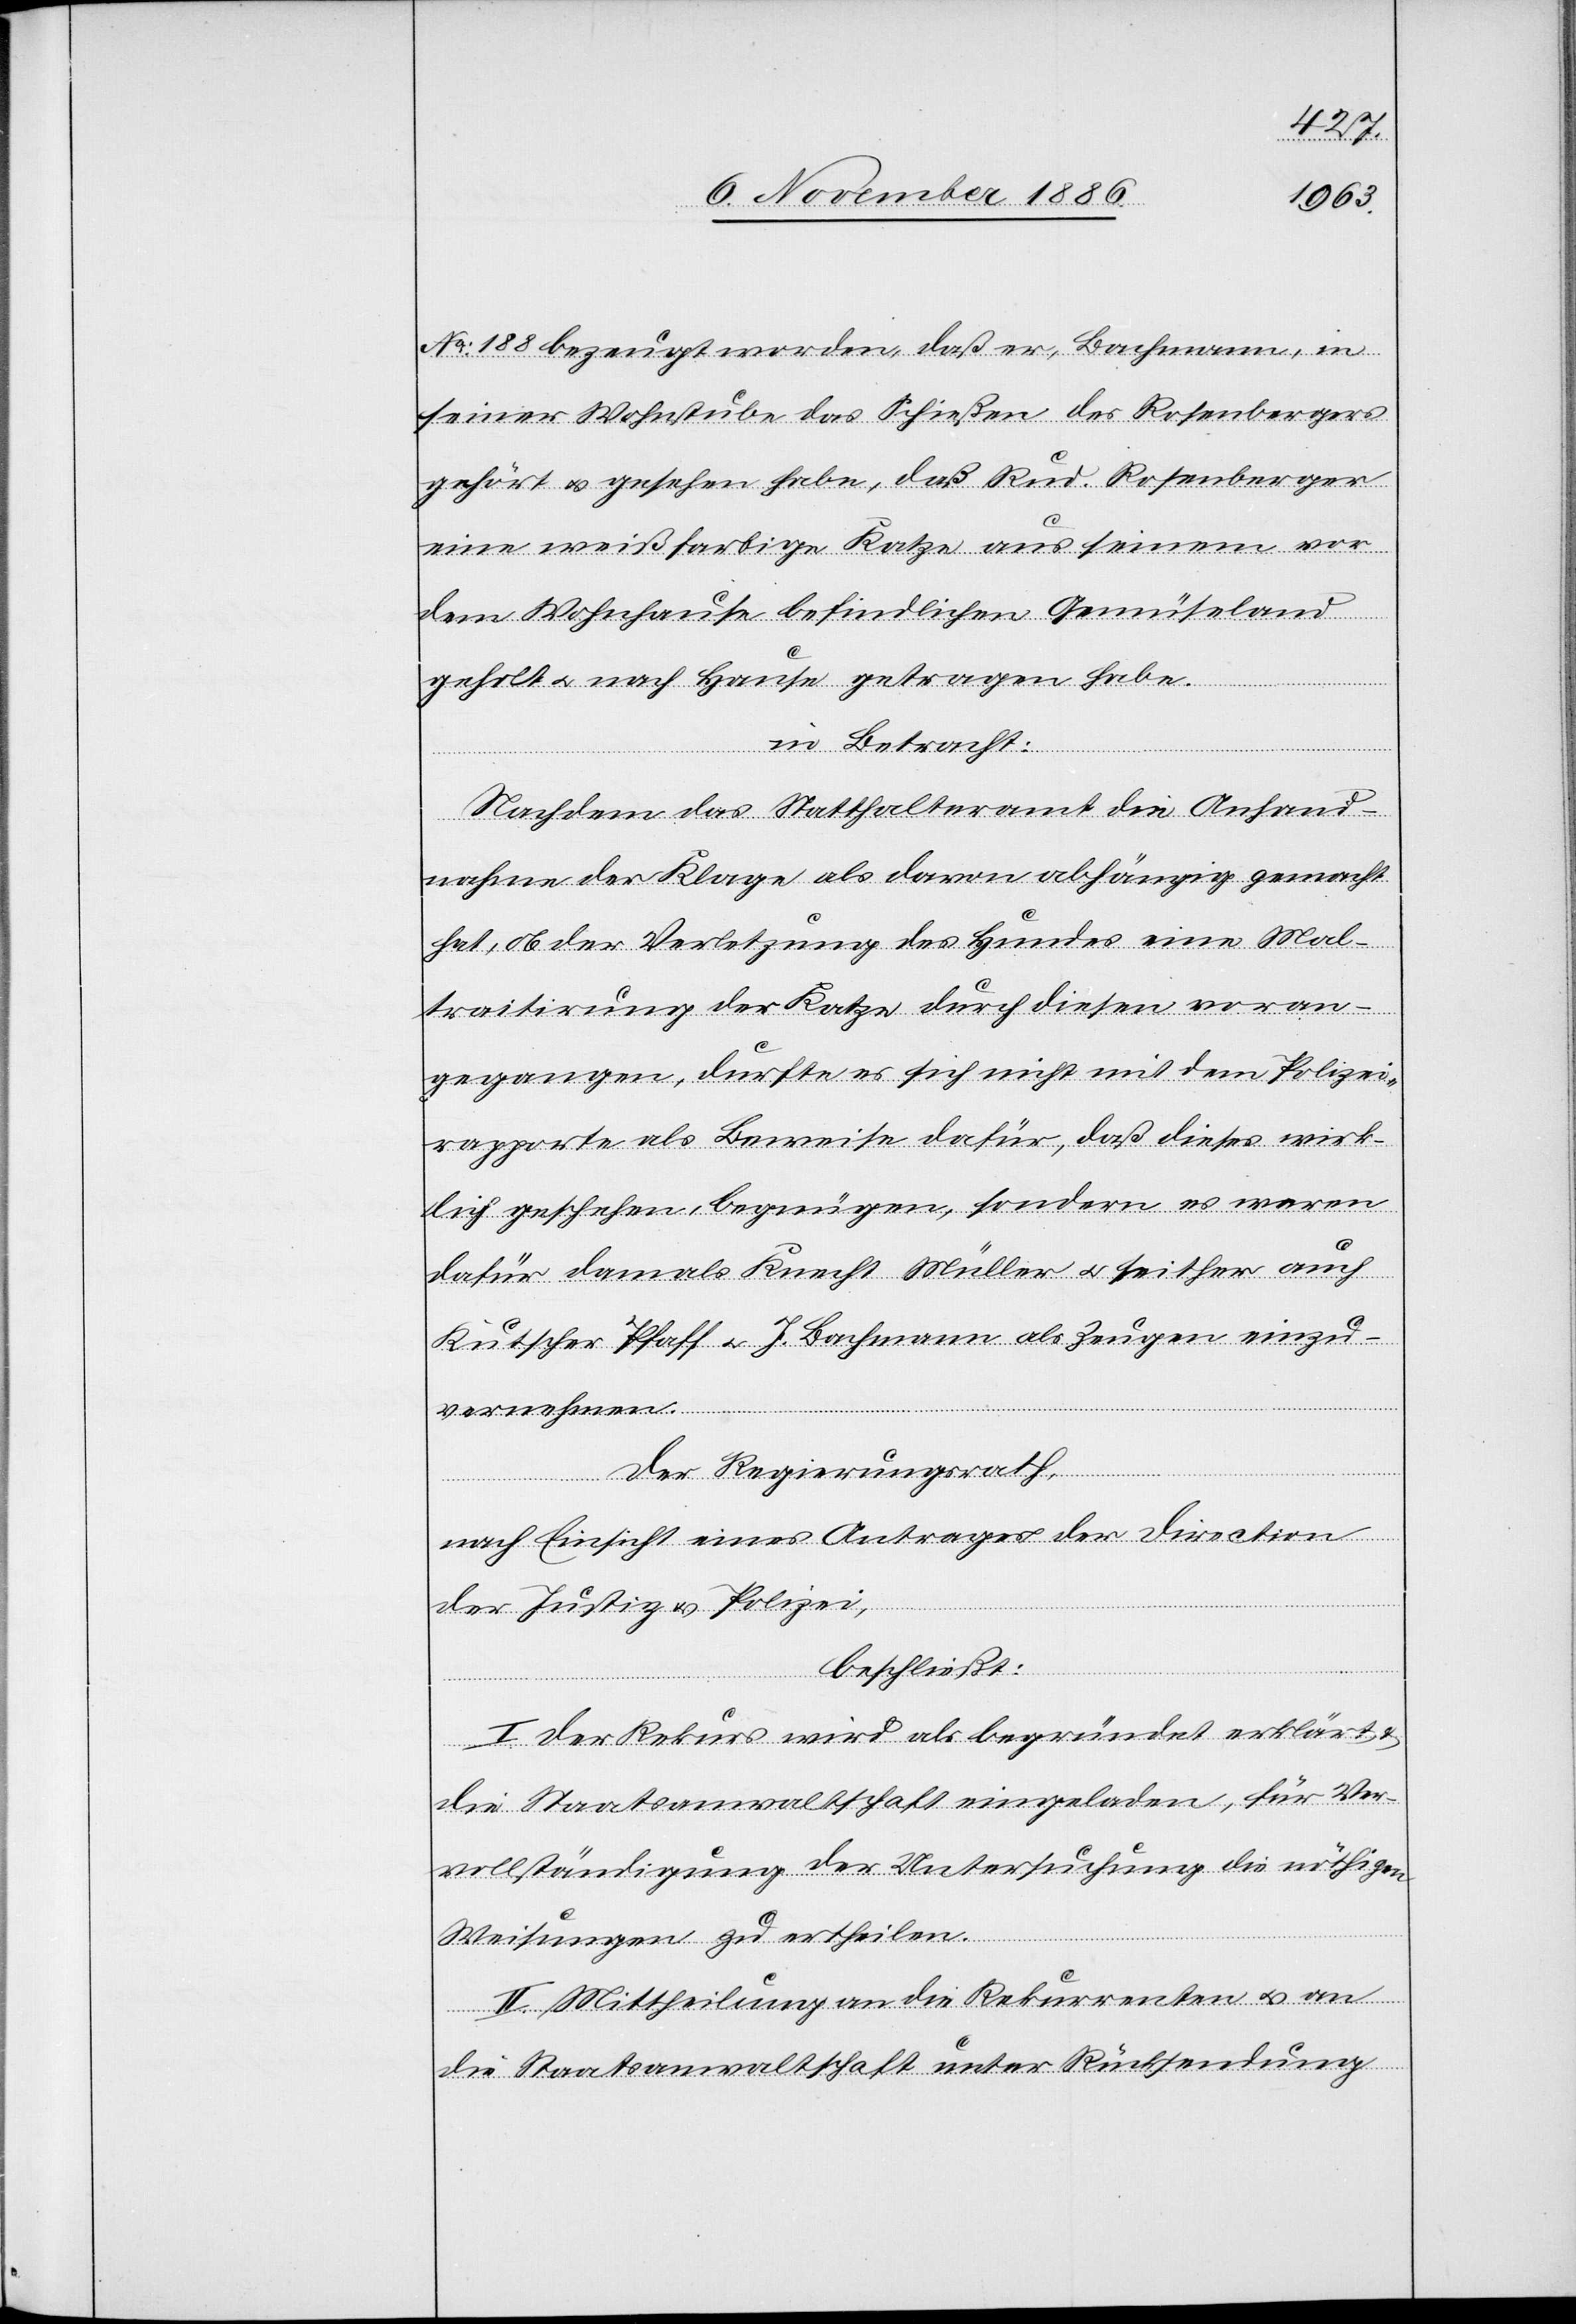
No: 188 bezeugt worden, daß er, Bachmann, in
seiner Wohnstube das Schießen des Rosenbergers
gehört & gesehen habe, daß Rud. Rosenberger
eine weißfarbige Katze aus seinem vor
dem Wohnhause befindlichen Gemüseland
geholt & nach Hause getragen habe.
in Betracht:
Nachdem das Statthalteramt die Anhand¬
nahme der Klage als davon abhängig gemacht
hat, ob der Verletzung des Hundes eine Mal¬
traitirung der Katze durch diesen voran¬
gegangen, durfte es sich nicht mit dem Polizei¬
rapporte als Beweise dafür, daß dieses wirk¬
lich geschehen, begnügen, sondern es waren
dafür damals Knecht Müller & seither auch
Kutscher Pfaff & J. Bachmann als Zeugen einzu¬
vernehmen.
Der Regierungsrath,
nach Einsicht eines Antrages der Direction
der Justiz & Polizei,
beschließt:
I. Der Rekurs wird als begründet erklärt &
die Staatsanwaltschaft eingeladen, für Ver¬
vollständigung der Untersuchung die nöthigen
Weisungen zu ertheilen.
II. Mittheilung an die Rekurrenten & an
die Staatsanwaltschaft unter Rücksendung